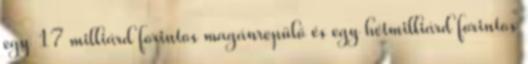
egy 17 milliárd forintos magánrepülő és egy hétmilliárd forintos